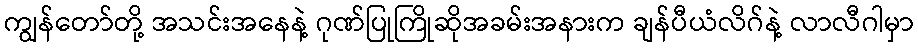
ကျွန်တော်တို့ အသင်းအနေနဲ့ ဂုဏ်ပြုကြိုဆိုအခမ်းအနားက ချန်ပီယံလိဂ်နဲ့ လာလီဂါမှာ